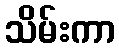
သိမ်းကာ